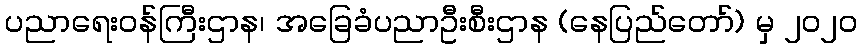
ပညာရေးဝန်ကြီးဌာန၊ အခြေခံပညာဦးစီးဌာန (နေပြည်တော်) မှ ၂၀၂၀